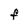
Character: F